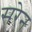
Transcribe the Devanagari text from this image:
सरेन